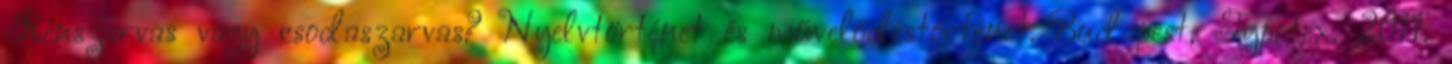
Rénszarvas vagy csodaszarvas? Nyelvtörténet és művelődéstörténet. Budapest, Typotex, 2011.